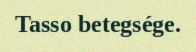
Tasso betegsége.